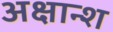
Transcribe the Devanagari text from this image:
अक्षान्श